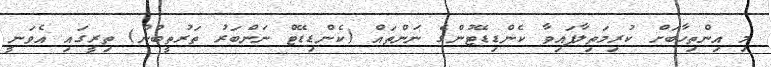
މި އިންތިހާބަށް ކުރިމަތިލާފައިވާ ކެންޑިޑޭޓުންގެ ނަންތައް (ކެންޑިޑޭޓް ނަންބަރު ތަރުތީބުން) ތިރީގައި އެވަނީ